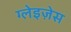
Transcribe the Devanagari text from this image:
ग्लेइज़ेस